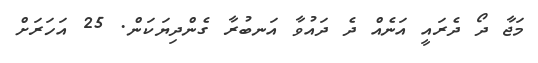
މަޖާ ދޯ ދެރައީ އަނެއް ދެ ދައުވާ އަނބުރާ ގެންދިޔަކަން. 25 އަހަރަށް